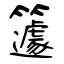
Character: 籧